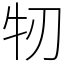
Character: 牣